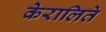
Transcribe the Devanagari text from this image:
केरालिते